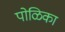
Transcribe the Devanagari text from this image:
पोळिका